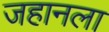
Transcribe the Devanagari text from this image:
जहानला